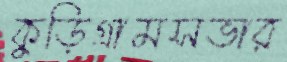
কুড়িগ্রামসভার